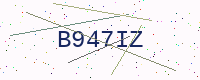
Text: B947IZ